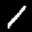
Label: 1